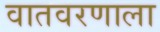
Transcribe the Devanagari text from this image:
वातवरणाला